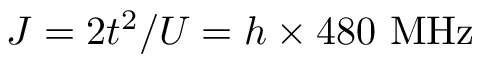
J = 2 t ^ { 2 } / U = h \times 4 8 0 ~ \mathrm { M H z }